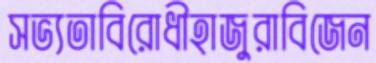
সভ্যতাবিরোধীহাজুরাবিজেন